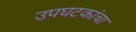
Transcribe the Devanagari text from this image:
उपघटकांचा